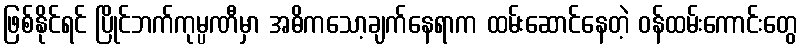
ဖြစ်နိုင်ရင် ပြိုင်ဘက်ကုမ္ပဏီမှာ အဓိကသော့ချက်နေရာက ထမ်းဆောင်နေတဲ့ ဝန်ထမ်းကောင်းတွေ